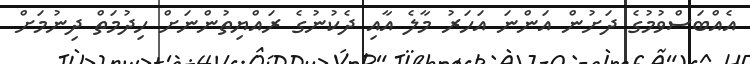
އެއްބަސްވުމުގެ ދަށުން އަންނަ އަހަރު މާލެ އާއި ދެކުނުގެ ރައްޔިތުންނަށް ހިދުމަތް ދިނުމަށް